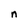
Character: n